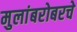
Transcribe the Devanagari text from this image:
मुलांबरोबरचे